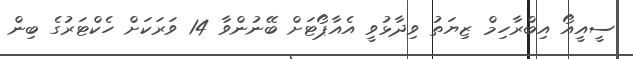
ސީއީއޯ އިބްރާހިމް ޒިޔަތު ވިދާޅުވީ އެއާޕޯޓަށް ބޭނުންވާ 14 ވަރަކަށް ހެކްޓަރުގެ ބިން